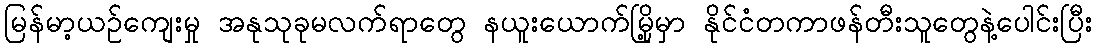
မြန်မာ့ယဉ်ကျေးမှု အနုသုခုမလက်ရာတွေ နယူးယောက်မြို့မှာ နိုင်ငံတကာဖန်တီးသူတွေနဲ့ပေါင်းပြီး